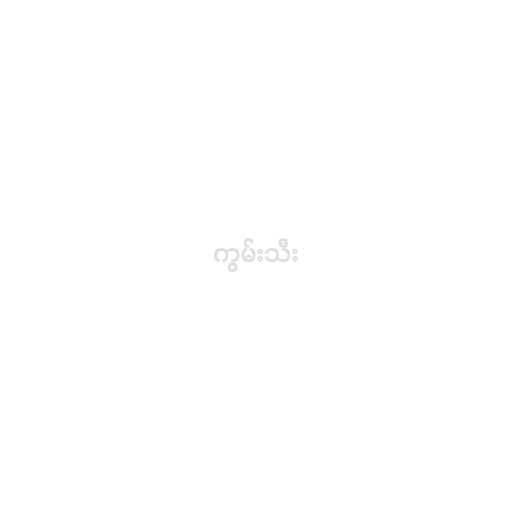
ကွမ်းသီး